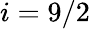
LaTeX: i=9/2